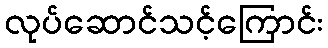
လုပ်ဆောင်သင့်ကြောင်း